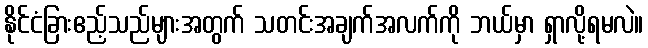
နိုင်ငံခြားဧည့်သည်များအတွက် သတင်းအချက်အလက်ကို ဘယ်မှာ ရှာလို့ရမလဲ။